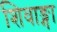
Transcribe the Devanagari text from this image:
शिवाङ्गा